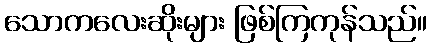
သောကလေးဆိုးများ ဖြစ်ကြကုန်သည်။